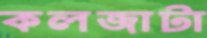
কলজাটা